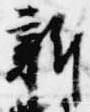
新